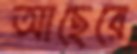
আছেরে